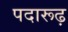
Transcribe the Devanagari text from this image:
पदारूढ़